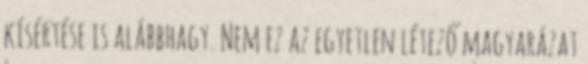
kísértése is alábbhagy. Nem ez az egyetlen létező magyarázat